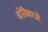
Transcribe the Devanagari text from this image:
कोबिकाओं